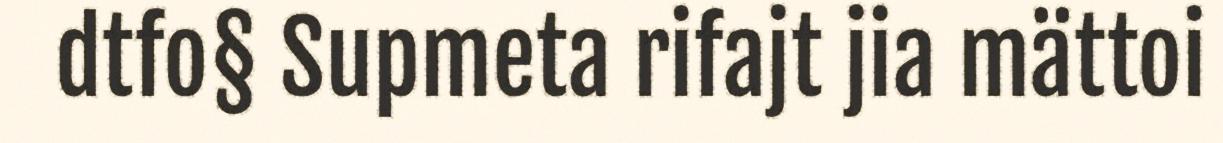
dtfo§ Supmeta rifajt jia mättoi